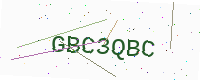
Text: GBC3QBC